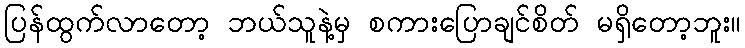
ပြန်ထွက်လာတော့ ဘယ်သူနဲ့မှ စကားပြောချင်စိတ် မရှိတော့ဘူး။